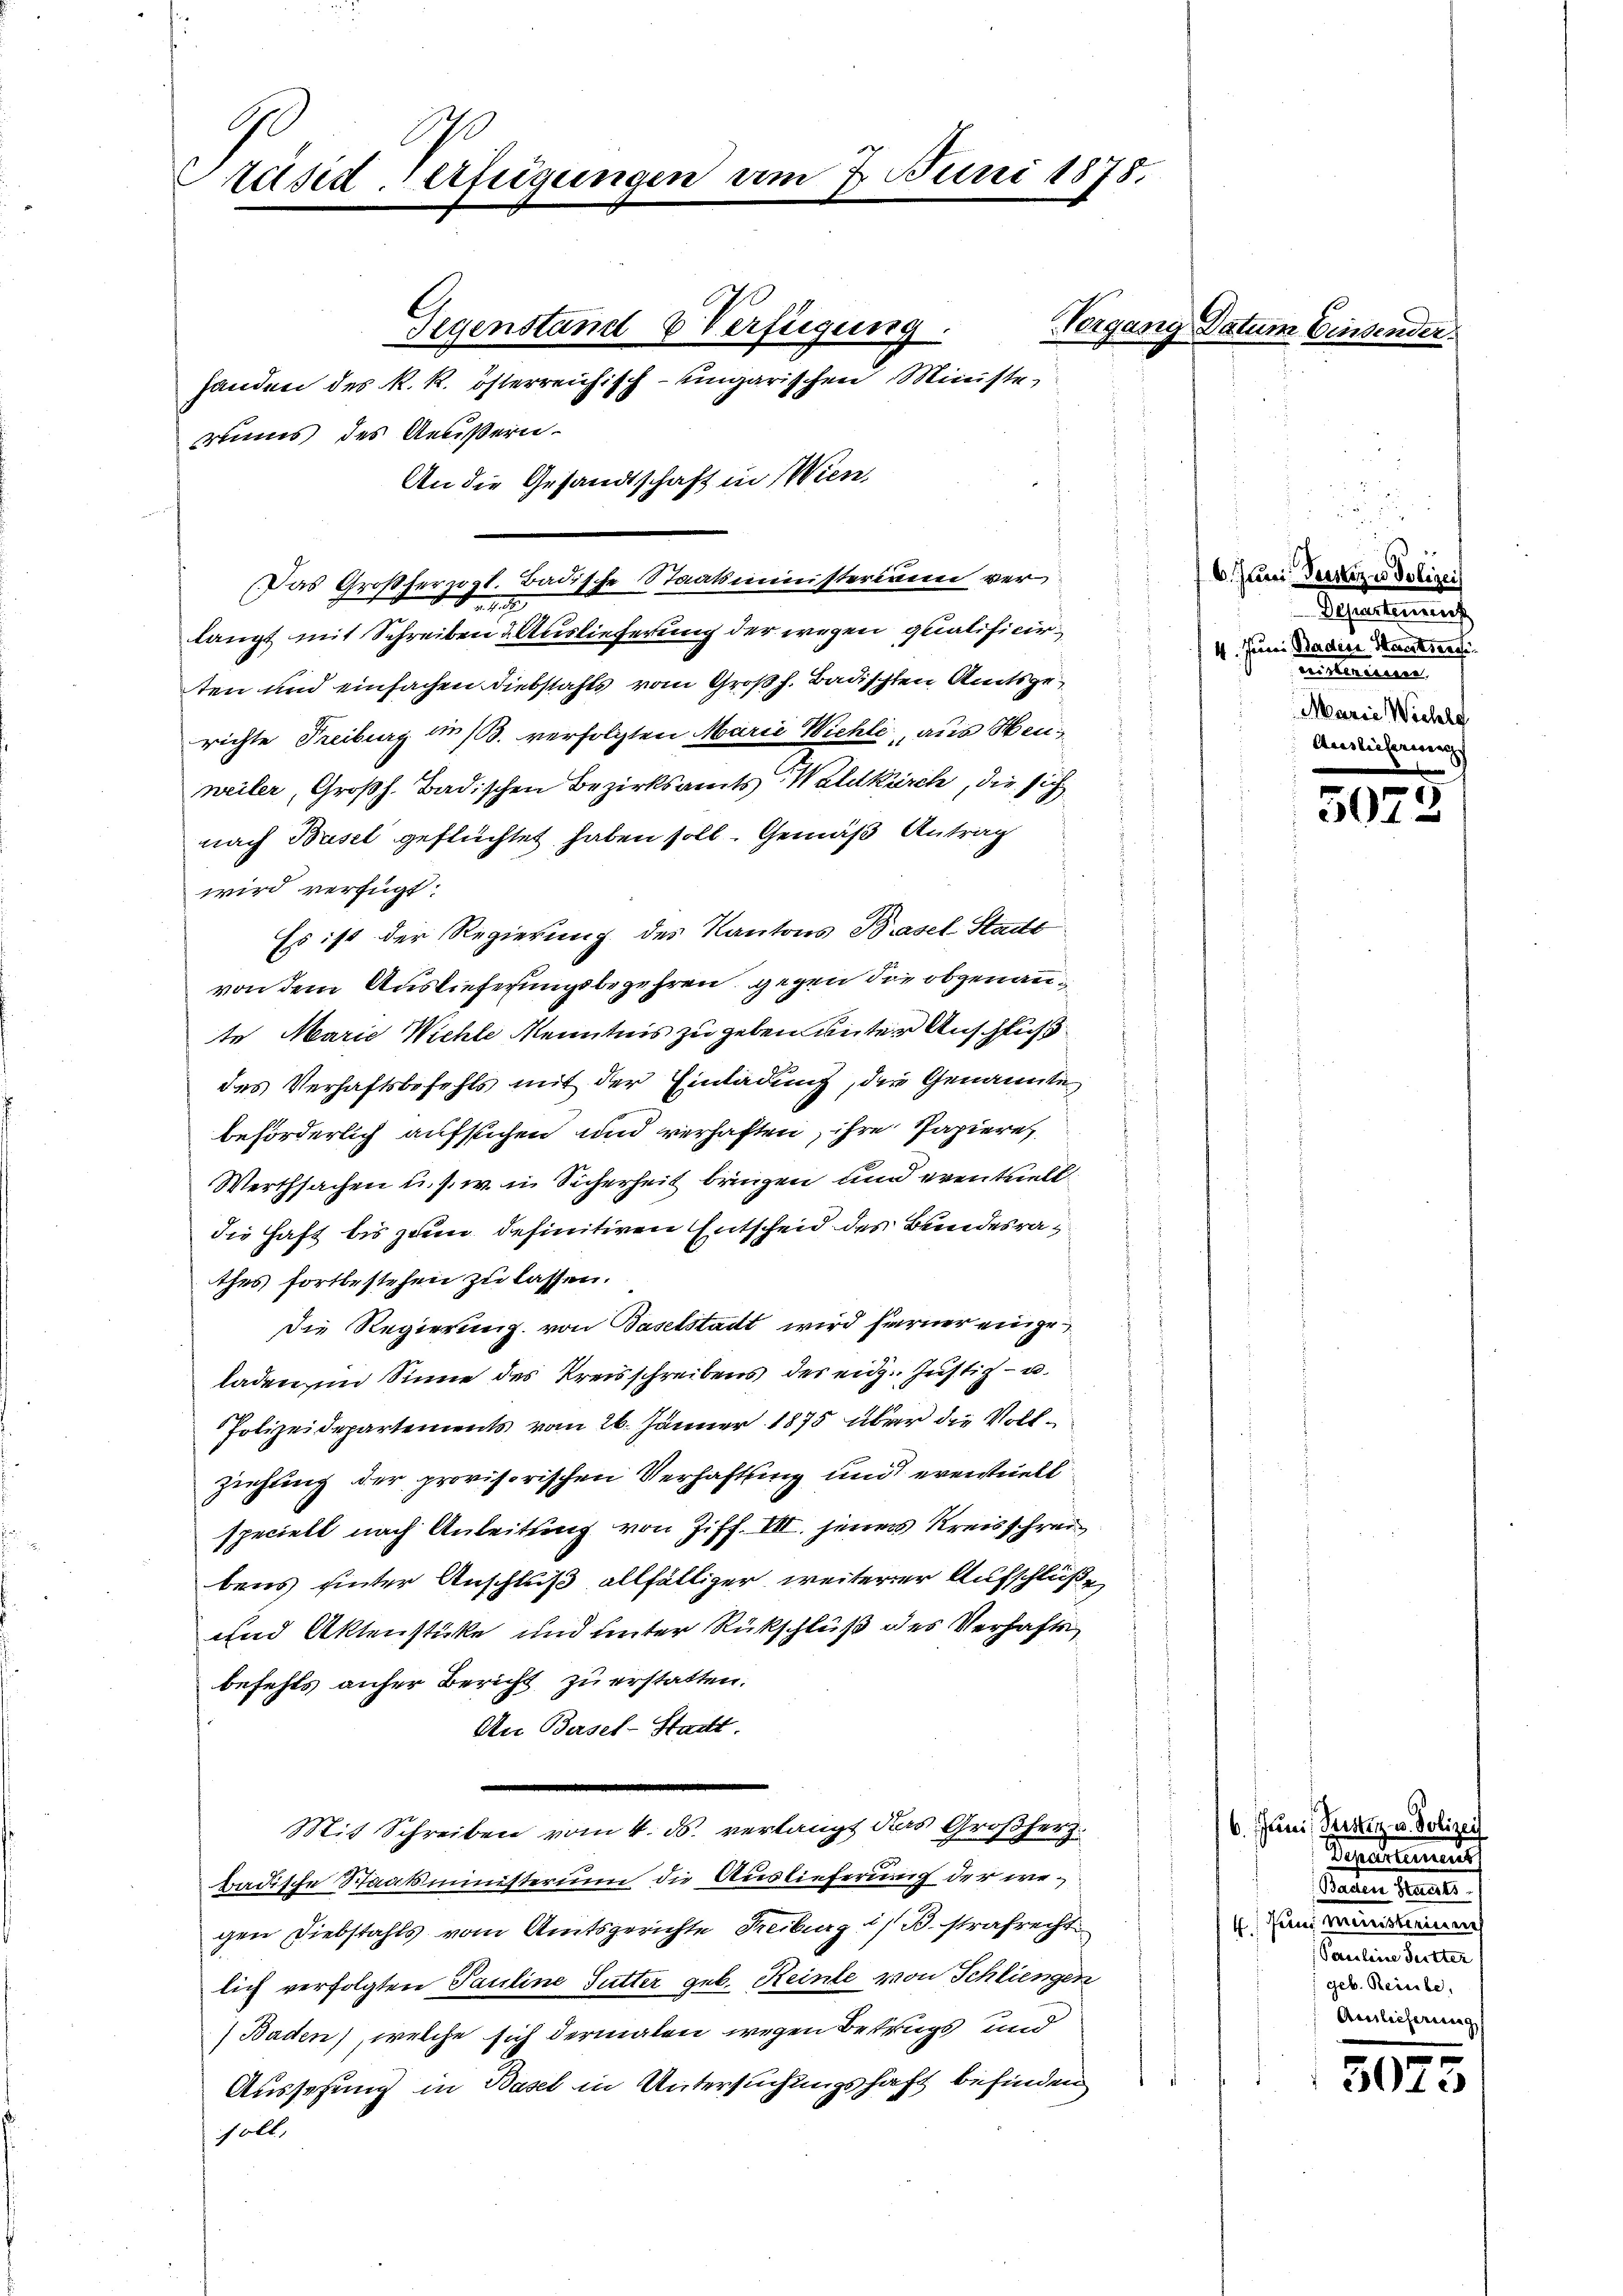
räsiderfügungen er

runs des Aeußern.
An die Gesandtschaft in Wien,
(Das Großherzogl. Badische Staatsministerium ver¬
Ao 187
langt mit Schreiben d. Auslieferung der wegen qualificirten und einfachen Diebstahls vom Großh. Badischten Amtsgerichte Freiburg im 13. verfolgten Marie Wiehle, aus Heuneiler, Großh. Badischen Bezirksamts, Waldkirch, die sich
nach Basel geflüchtet haben soll. Gemäß Antrag
wird verfügt:
Es ist der Regierung des Kantons Basel Stadt
von dem Auslieferungsbegehren, gegen die obgenannte Marie Wichte Kenntnis zu geben unter Anschluß
des Verhaftsbefehls mit der Einladung, der Genannte
beförderlich aufstichen und verhaften, ihre Papiere
Werthsachen u. s. w. in Sicherheit bringen und eventuell
die Haft bis zum definitiven Entscheid des Bundesrathes fortbestehen zu lassen.
Die Regierung von Gaselstadt wird ferner eingeladen im Sinne des Kreisschreibens des eidg. Justiz- u.
Polizeidepartements vom 26. Jänner 1875 über die Vollziehung der provisorischen Verhaftung und eventuell
speciell nach Anleitung von Ziff. III. jener Kreisschreibens hinter Anschluß allfälliger weiterer Aufschlüße
und Aktenstüke und unter Rückschluß des Verhaftsbefehls anfer Bericht zu erstatten.
An Basel-Stadt
Mit Schreiben vom 4. ds. verlangt das Großherz
badische Staatsministerin die Auslieferung der wegen Diebstahls vom Amtsgerichte Freiburg / B. strafrecht
lich verfolgten Pauline Sutter geb. Keinte von Schliengen
Baden), welche sich dermalen wegen Betrugs und
Aussetzung in Basel in Untersuchungshaft befinden
soll.

Gegenstand & Verfügung.

handen des R. R. österreichisch-ungarischen Ministe

2. Juni 1878.

Vorgang Datum Einsender

6. Junii, Tessiz in Polizeis
Departen
4. Juni Badise Staatserf
cristerieren
Marie Wichle
Auslieferung

507.

6. Juni, Prister u. Polizei
Pecedenen
Saden Seele.
Juni meinsteinen
4
Pauline Sutter
geb. Reisite,
Aceslieferirung

502

s